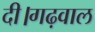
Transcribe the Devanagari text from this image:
दी।गढ़वाल